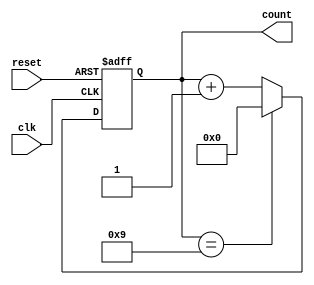
module decade_counter (
    input wire clk,       // Clock input
    input wire reset,     // Asynchronous reset input
    output reg [3:0] count // 4-bit output for the count
);

// Always block to handle the counter logic
always @(posedge clk or posedge reset) begin
    if (reset) begin
        count <= 4'b0000; // Reset count to 0
    end else begin
        // Increment the count
        if (count == 4'b1001) begin
            count <= 4'b0000; // Reset to 0 after reaching 9
        end else begin
            count <= count + 1; // Increment count
        end
    end
end

endmodule